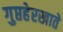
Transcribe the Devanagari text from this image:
गुप्तहेरखाते